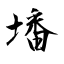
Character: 墦